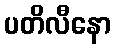
ပတိလီနော